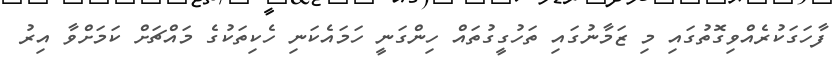
ފާހަގަކުރެއްވިގޮތުގައި މި ޒަމާނުގައި ތަހުގީގުތައް ހިންގަނީ ހަމައެކަނި ހެކިތަކުގެ މައްޗަށް ކަމަށްވާ އިރު